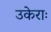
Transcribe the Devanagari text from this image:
उकेराः